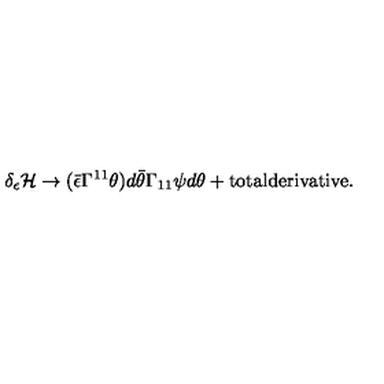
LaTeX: \delta _ { \epsilon } { \cal H } \rightarrow ( \bar { \epsilon } \Gamma ^ { 1 1 } \theta ) d \bar { \theta } \Gamma _ { 1 1 } \psi d \theta + \mathrm { t o t a l d e r i v a t i v e } .